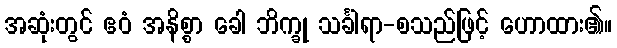
အဆုံးတွင် ဧဝံ အနိစ္စာ ခေါ ဘိက္ခု သင်္ခါရာ-စသည်ဖြင့် ဟောထား၏။